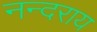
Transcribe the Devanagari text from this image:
नन्दराय